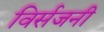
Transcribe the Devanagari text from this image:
विर्सजनी